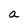
Character: a